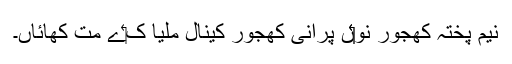
نیم پختہ کھجور نو‏‏ں پرانی کھجور کینال ملیا ک‏ے مت کھائاں۔